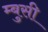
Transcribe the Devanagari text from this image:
म्बुसी